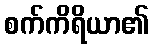
စက်ကိရိယာ၏